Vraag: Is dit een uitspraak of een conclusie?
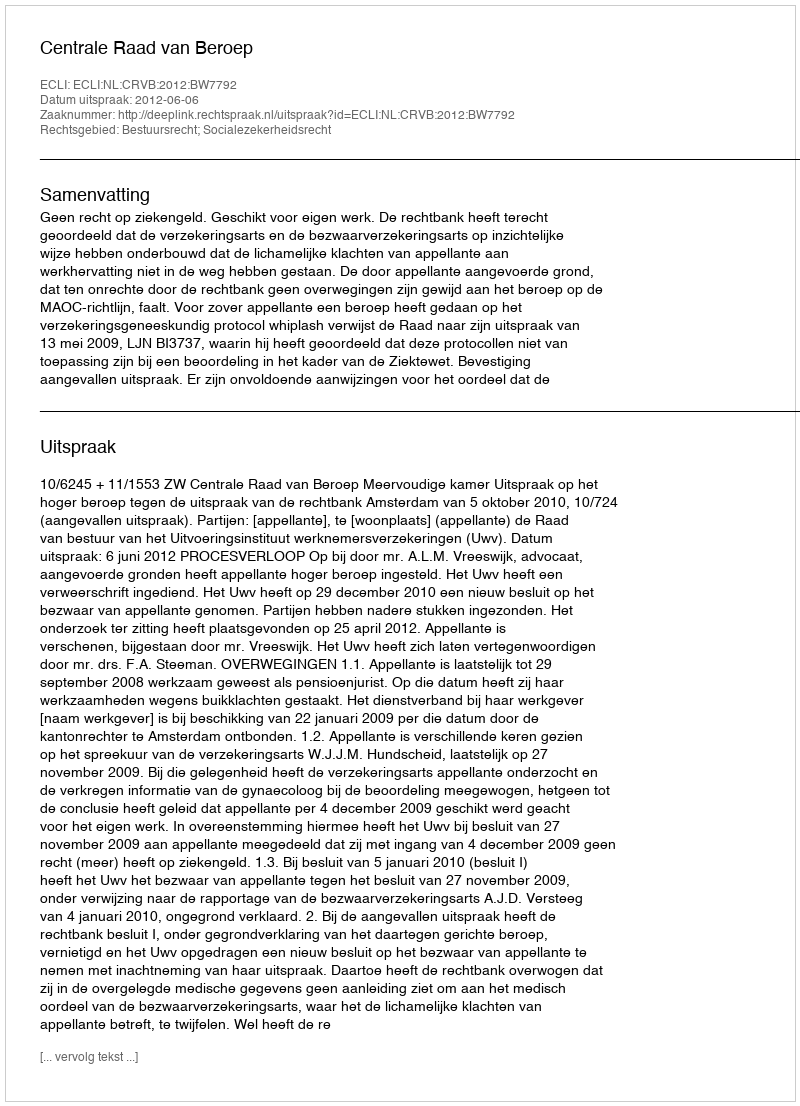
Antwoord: Uitspraak